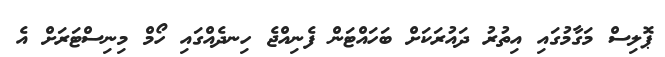
ޕޮލިސް މަގާމުގައި އިތުރު ދައުރަކަށް ބަހައްޓަން ފެނިއްޖެ ހިނދެއްގައި ހޯމް މިނިސްޓަރަށް އެ